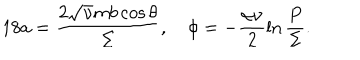
LaTeX: 1 8 a = \frac { 2 \sqrt { \nu } m b \cos \theta } { \Sigma } , \quad \phi = - \frac { \alpha \nu } { 2 } \ln \frac { P } { \Sigma } .